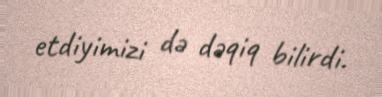
etdiyimizi də dəqiq bilirdi.